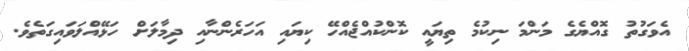
އެވަގުތު ގޮއްޔެގެ މަންމަ ނިކުމެ ތިޔައީ ކޮންކުއްޖެއްހޭ ކިޔައި އަހަރެންނާއި ދިމާލަށް ހަޅޭއްލަވައިގަތެވެ.